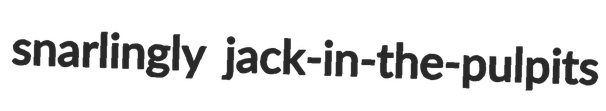
snarlingly jack-in-the-pulpits